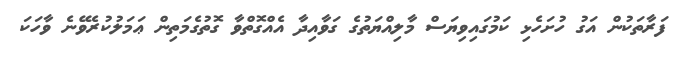
ފަރާތަކުން އަގު ހުށަހެޅި ކަމުގައިވިޔަސް މާލިއްޔަތުގެ ގަވާއިދާ އެއްގޮތްވާ ގޮތުގެމަތިން ޢަމަލުކުރެވޭނެ ވާހަކަ